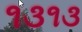
૧૩૧૩